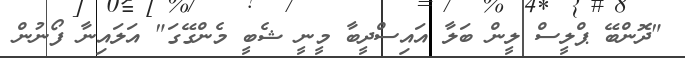
"ދޮންބޭ ޕްލީސް ލީން ބަލާ އައިސްދީބާ މީނީ ޝެބީ މެންގޭގަ" އަލައިނާ ފޯނުން